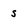
Character: S